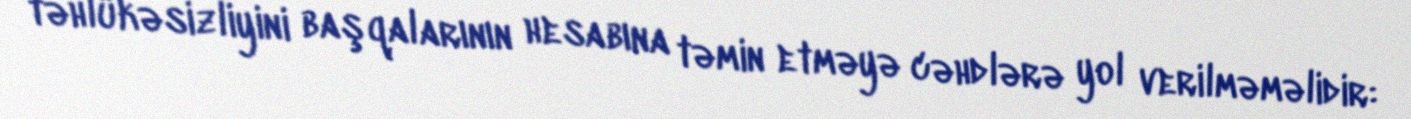
təhlükəsizliyini başqalarının hesabına təmin etməyə cəhdlərə yol verilməməlidir: